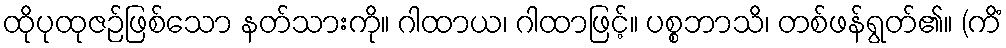
ထိုပုထုဇဉ်ဖြစ်သော နတ်သားကို။ ဂါထာယ၊ ဂါထာဖြင့်။ ပစ္စဘာသိ၊ တစ်ဖန်ရွတ်၏။ (ကိံ